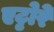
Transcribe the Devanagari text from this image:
एट्टोरे